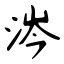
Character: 涔